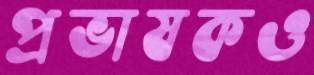
প্রভাষকও